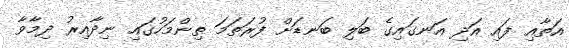
އަތާއި ފައި އަދި އަނގައިގެ ބަލި ބަނޑަށް ފުރަތަމަ ތިންމަހުގައި ނިދާއިރު ދިމާވާ